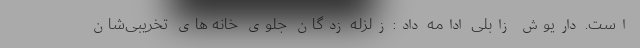
است. داریوش زابلی ادامه داد: زلزله زدگان جلوی خانه های تخریبی‌شان